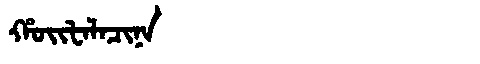
Manchu: ᡥᠣᡳᡶᠠᠯᠠᠴᡳᠨᠠ
Romanization: HOIFALACINA